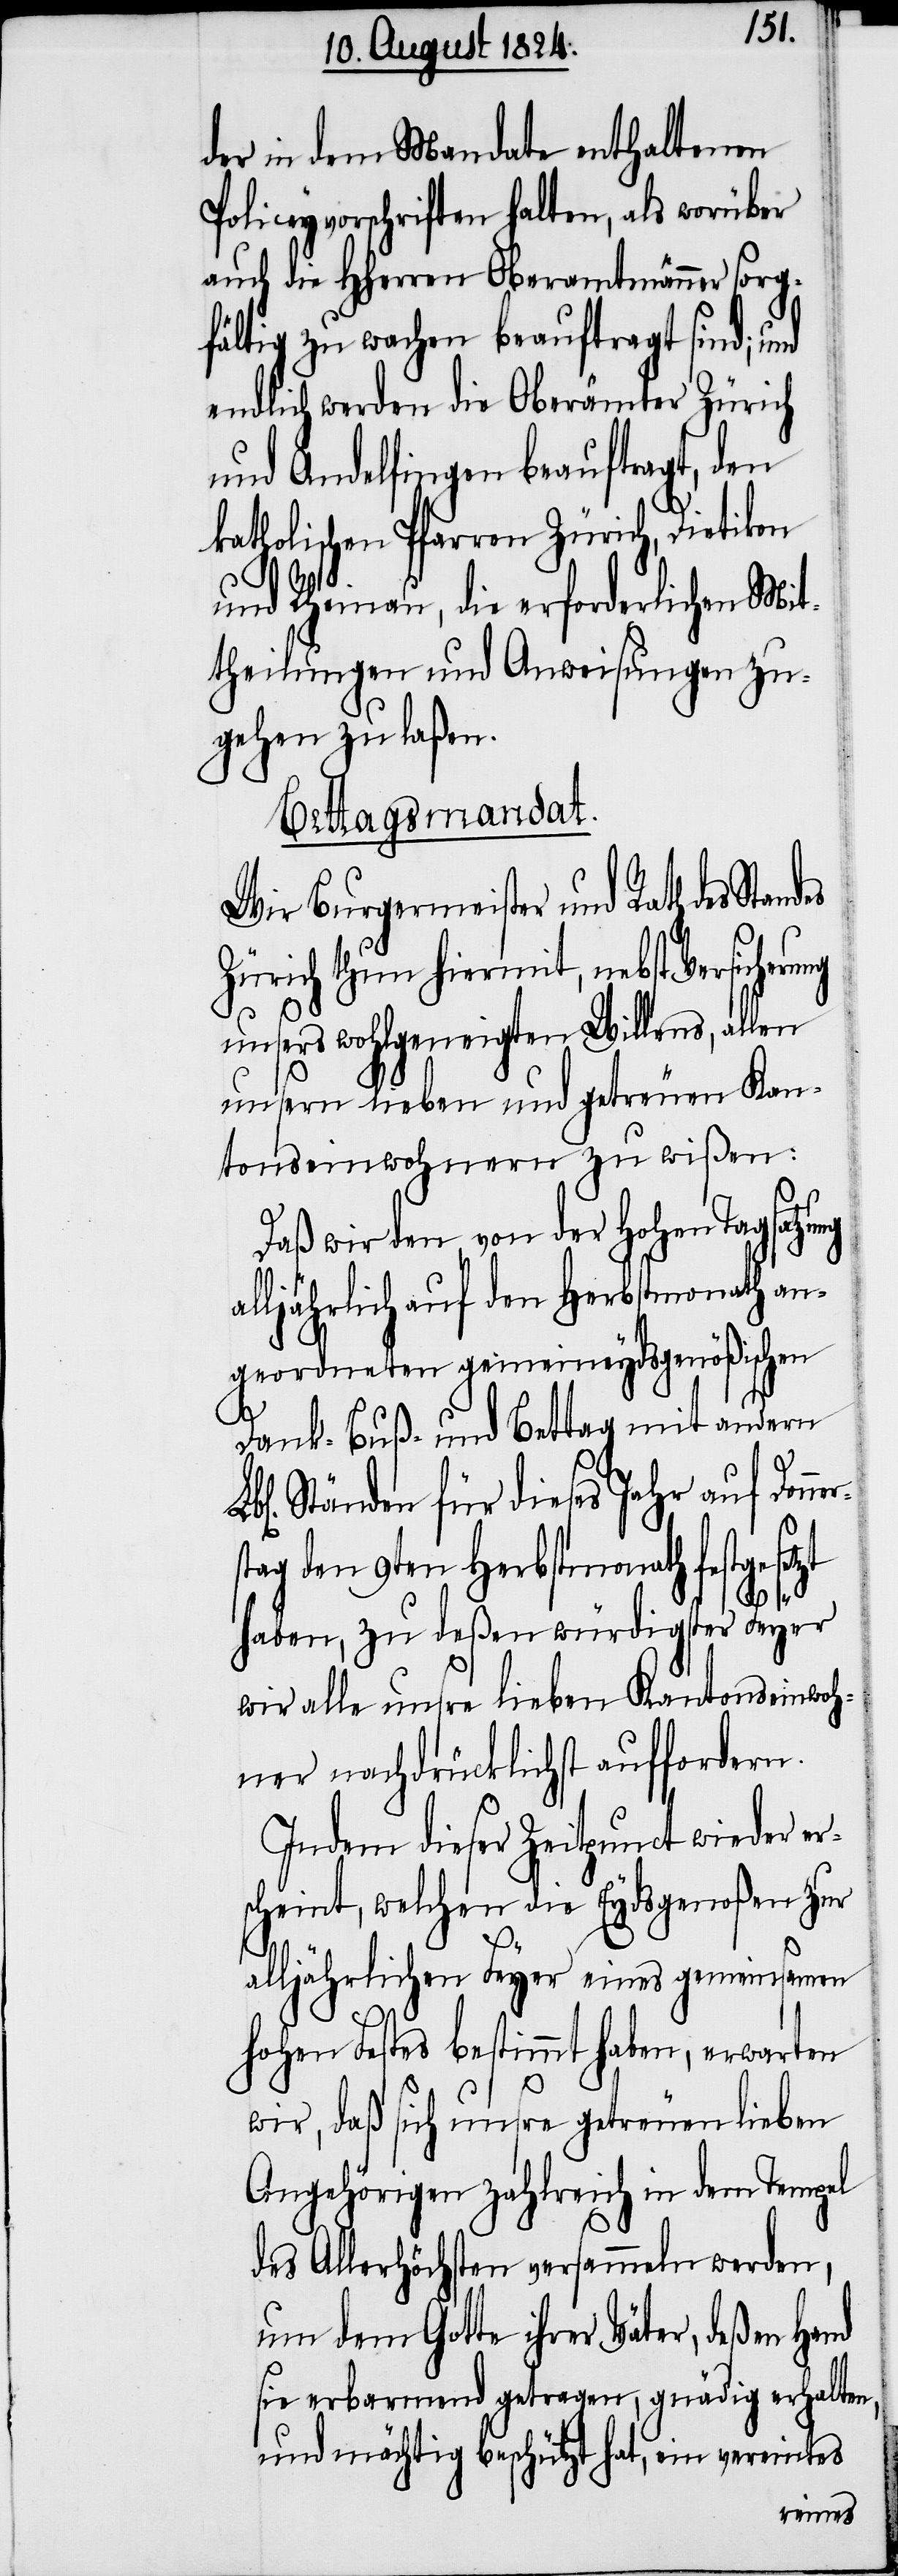
der in dem Mandate enthaltenen
Policeyvorschriften halten, als worüber
auch die HHerren Oberamtmänner sorg¬
fältig zu wachen beauftragt sind; und
endlich werden die Oberämter Zürich
und Andelfingen beauftragt, den
katholischen Pfarren Zürich, Dietikon
ner¬
und Rheinau, die erforderlichen Mit¬
theilungen und Anweisungen zu¬
gehen zu laßen.
Bettagsmandat.
Wir Burgermeister und Rath des Stand¬
Zürich thun hiermit, nebst Versicheru¬
ng
unsers wohlgeneigten Willens, allen
unsern lieben und getreuen Kan¬
tonseinwohnern zu wißen:
Daß wir den von der Hohen Tagsatzung
alljährlich auf den Herbstmonath an¬
geordneten gemeineydsgenößischen
Dank- Buß- und Bettag mit andern
Ständen für dieses Jahr auf Don¬
stag den 9ten Herbstmonath festgese¬
haben, zu deßen würdigster Feyer
wir alle unsre lieben Kantonseinwoh¬
ner nachdrücklichst auffordern.
Indem dieser Zeitpunct wieder er¬
scheint, welchen die Eydsgenoßen zur
alljährlichen Feyer eines gemeinsamen
Hohen Festes bestimmt haben, erwarten
tzt
wir, daß sich unsre getreuen lieben
Angehörigen zahlreich in dem Tempel
des Allerhöchsten versammeln werden,
um dem Gotte ihrer Väter, deßen Hand
sie erbarmend getragen, gnädig erhalten,
und mächtig beschützt hat, ein vereintes